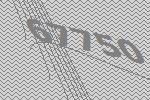
67750